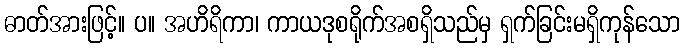
ဓာတ်အားဖြင့်။ ပ။ အဟိရိကာ၊ ကာယဒုစရိုက်အစရှိသည်မှ ရှက်ခြင်းမရှိကုန်သော